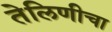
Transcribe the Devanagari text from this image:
तेलिणीचा